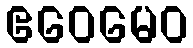
ဧဝေမေဝ